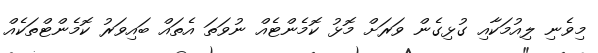
މިވެނި ލިއުމަކާއި ގުޅިގެން ވަރަށް މޮޅު ކޮމެންޓެއް ނުވަތަ އެތައް ބައިވަރު ކޮމެންޓްތަކެއް